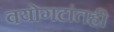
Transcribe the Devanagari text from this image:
वयोगटांतही